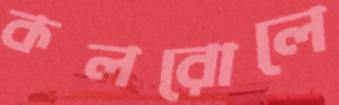
কলরোলে